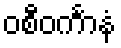
ဝစီဝင်္ကာနံ